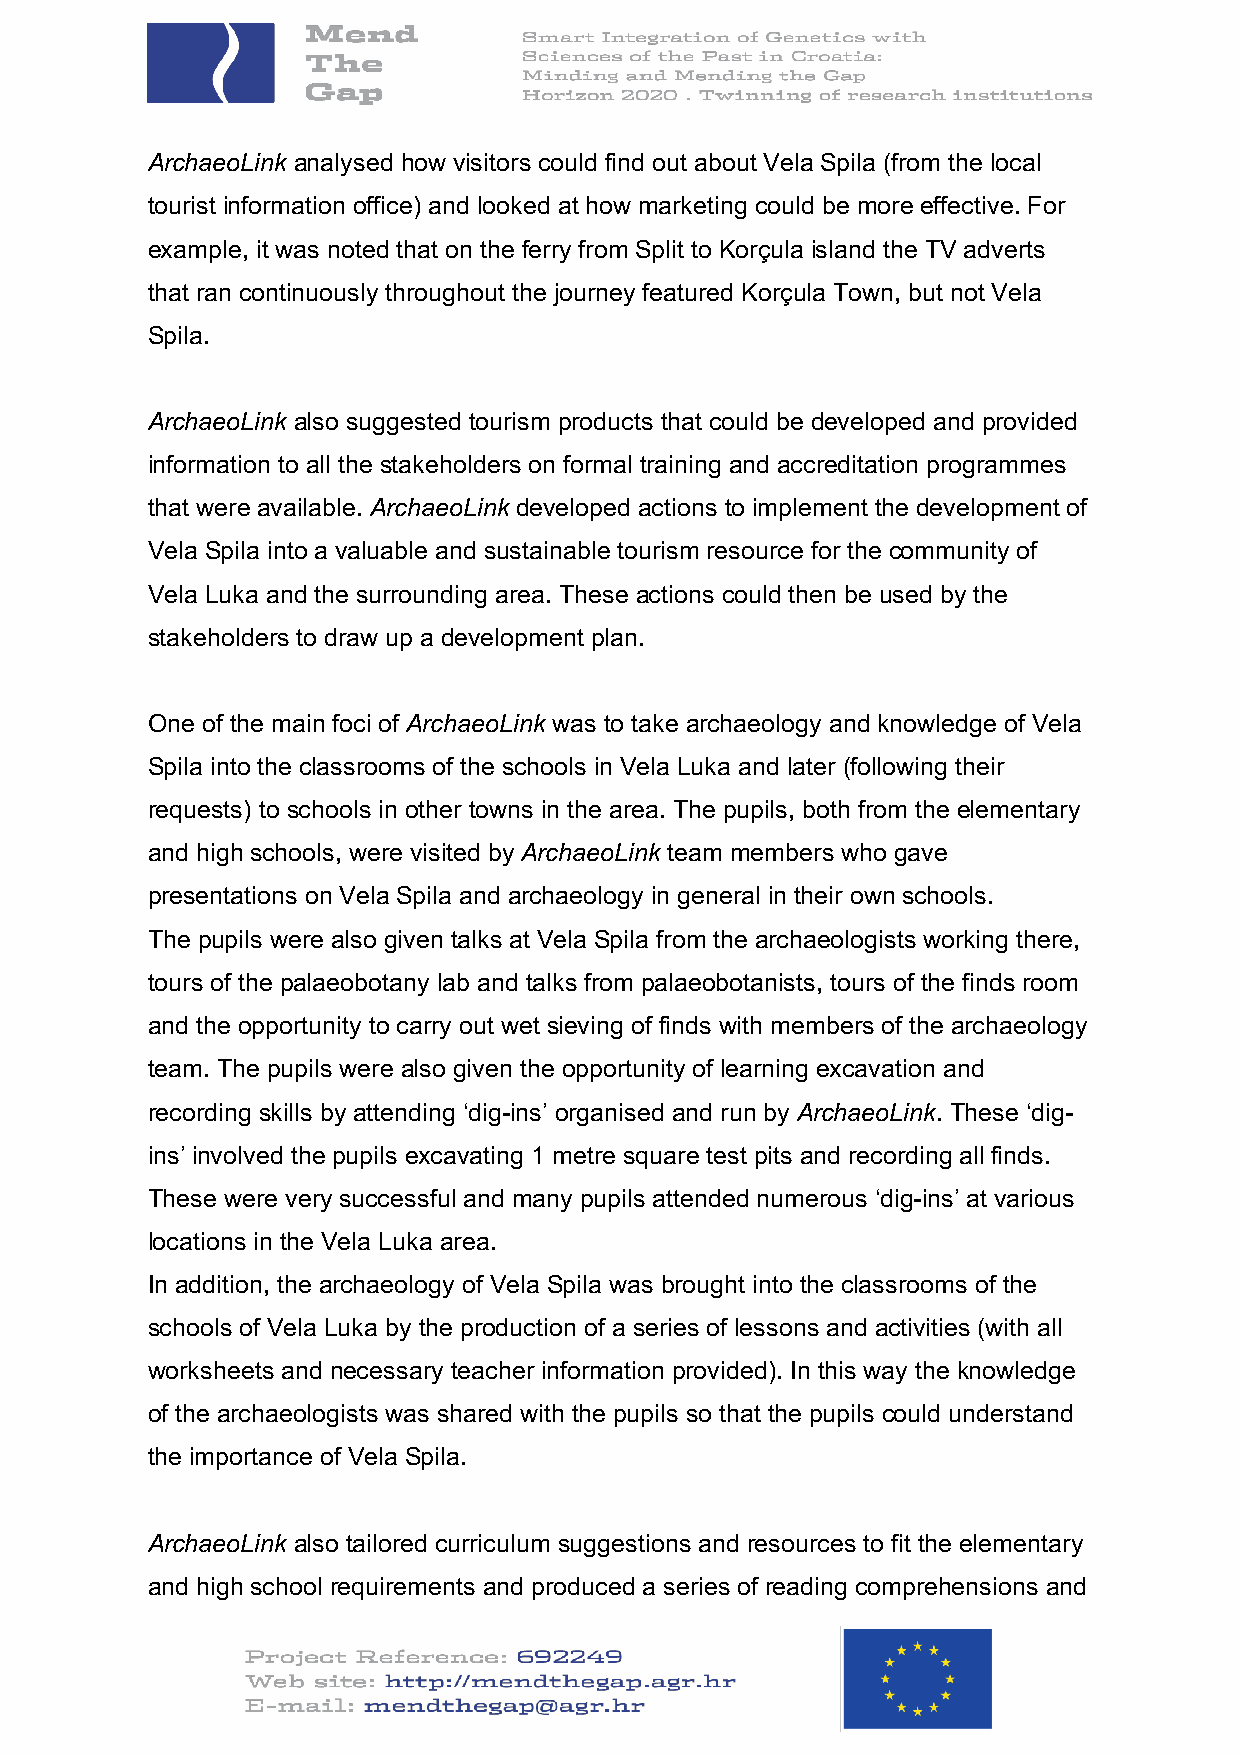
ArchaeoLink analysed how visitors could find out about Vela Spila (from the local
 tourist information office) and looked at how marketing could be more effective. For
 example, it was noted that on the ferry from Split to Korçula island the TV adverts
 that ran continuously throughout the journey featured Korçula Town, but not Vela
 Spila.
 ArchaeoLink also suggested tourism products that could be developed and provided
 information to all the stakeholders on formal training and accreditation programmes
 that were available. ArchaeoLink developed actions to implement the development of
 Vela Spila into a valuable and sustainable tourism resource for the community of
 Vela Luka and the surrounding area. These actions could then be used by the
 stakeholders to draw up a development plan.
 One of the main foci of ArchaeoLink was to take archaeology and knowledge of Vela
 Spila into the classrooms of the schools in Vela Luka and later (following their
 requests) to schools in other towns in the area. The pupils, both from the elementary
 and high schools, were visited by ArchaeoLink team members who gave
 presentations on Vela Spila and archaeology in general in their own schools.
 The pupils were also given talks at Vela Spila from the archaeologists working there,
 tours of the palaeobotany lab and talks from palaeobotanists, tours of the finds room
 and the opportunity to carry out wet sieving of finds with members of the archaeology
 team. The pupils were also given the opportunity of learning excavation and
 recording skills by attending ‘dig-ins’ organised and run by ArchaeoLink. These ‘dig-
 ins’ involved the pupils excavating 1 metre square test pits and recording all finds.
 These were very successful and many pupils attended numerous ‘dig-ins’ at various
 locations in the Vela Luka area.
 In addition, the archaeology of Vela Spila was brought into the classrooms of the
 schools of Vela Luka by the production of a series of lessons and activities (with all
 worksheets and necessary teacher information provided). In this way the knowledge
 of the archaeologists was shared with the pupils so that the pupils could understand
 the importance of Vela Spila.
 ArchaeoLink also tailored curriculum suggestions and resources to fit the elementary
 and high school requirements and produced a series of reading comprehensions and